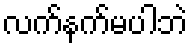
လက်နက်မပါဘဲ